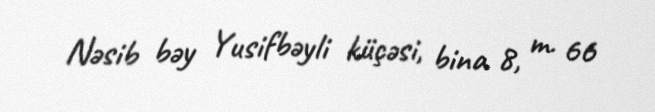
Nəsib bəy Yusifbəyli küçəsi, bina 8, m. 66